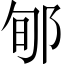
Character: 郇